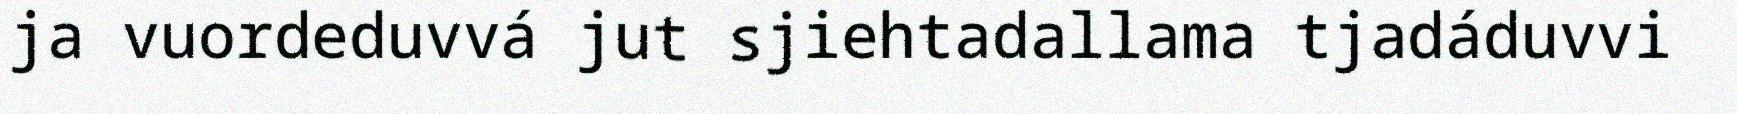
ja vuordeduvvá jut sjiehtadallama tjadáduvvi